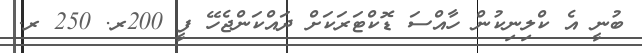
ބުނީ އެ ކްލިނިކުން ހާއްސަ ޑޮކްޓަރަކަށް ދައްކަންޖެހޭ ފީ 200ރ. 250 ރ.